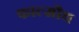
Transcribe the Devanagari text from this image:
फाल्मौथ